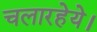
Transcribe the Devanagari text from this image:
चलारहेये।